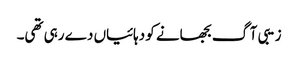
زیبی آگ بجھانے کو دہائیاں دے رہی تھی۔